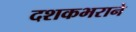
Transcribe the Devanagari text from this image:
दशकभराने